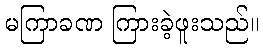
မကြာခဏ ကြားခဲ့ဖူးသည်။